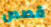
قصص